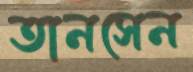
তানসেন